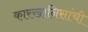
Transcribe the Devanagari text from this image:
कारखानिसांची